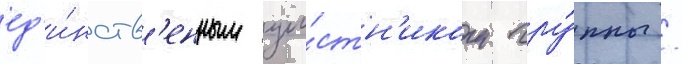
ед'и́нств'енным уча́стн'иком гру́ппы /